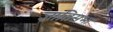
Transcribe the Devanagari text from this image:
ज्ञातिसभा